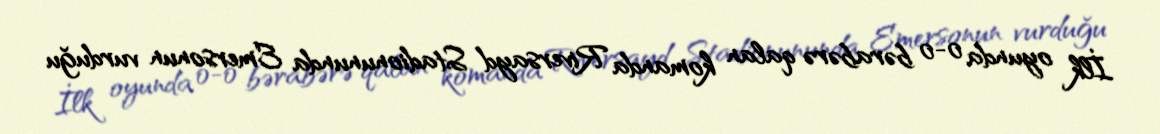
İlk oyunda 0-0 bərabərə qalan komanda Riversayd Stadionununda Emersonun vurduğu